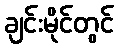
ချင်းမိုင်တွင်